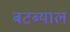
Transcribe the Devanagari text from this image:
बटब्याल